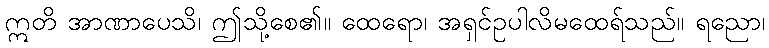
ဣတိ အာဏာပေသိ၊ ဤသို့စေ၏။ ထေရော၊ အရှင်ဥပါလိမထေရ်သည်။ ရညော၊